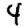
Digit: 4